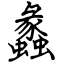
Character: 蠡